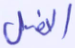
النمل